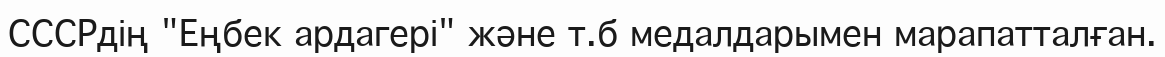
СССРдің "Еңбек ардагері" және т.б медалдарымен марапатталған.